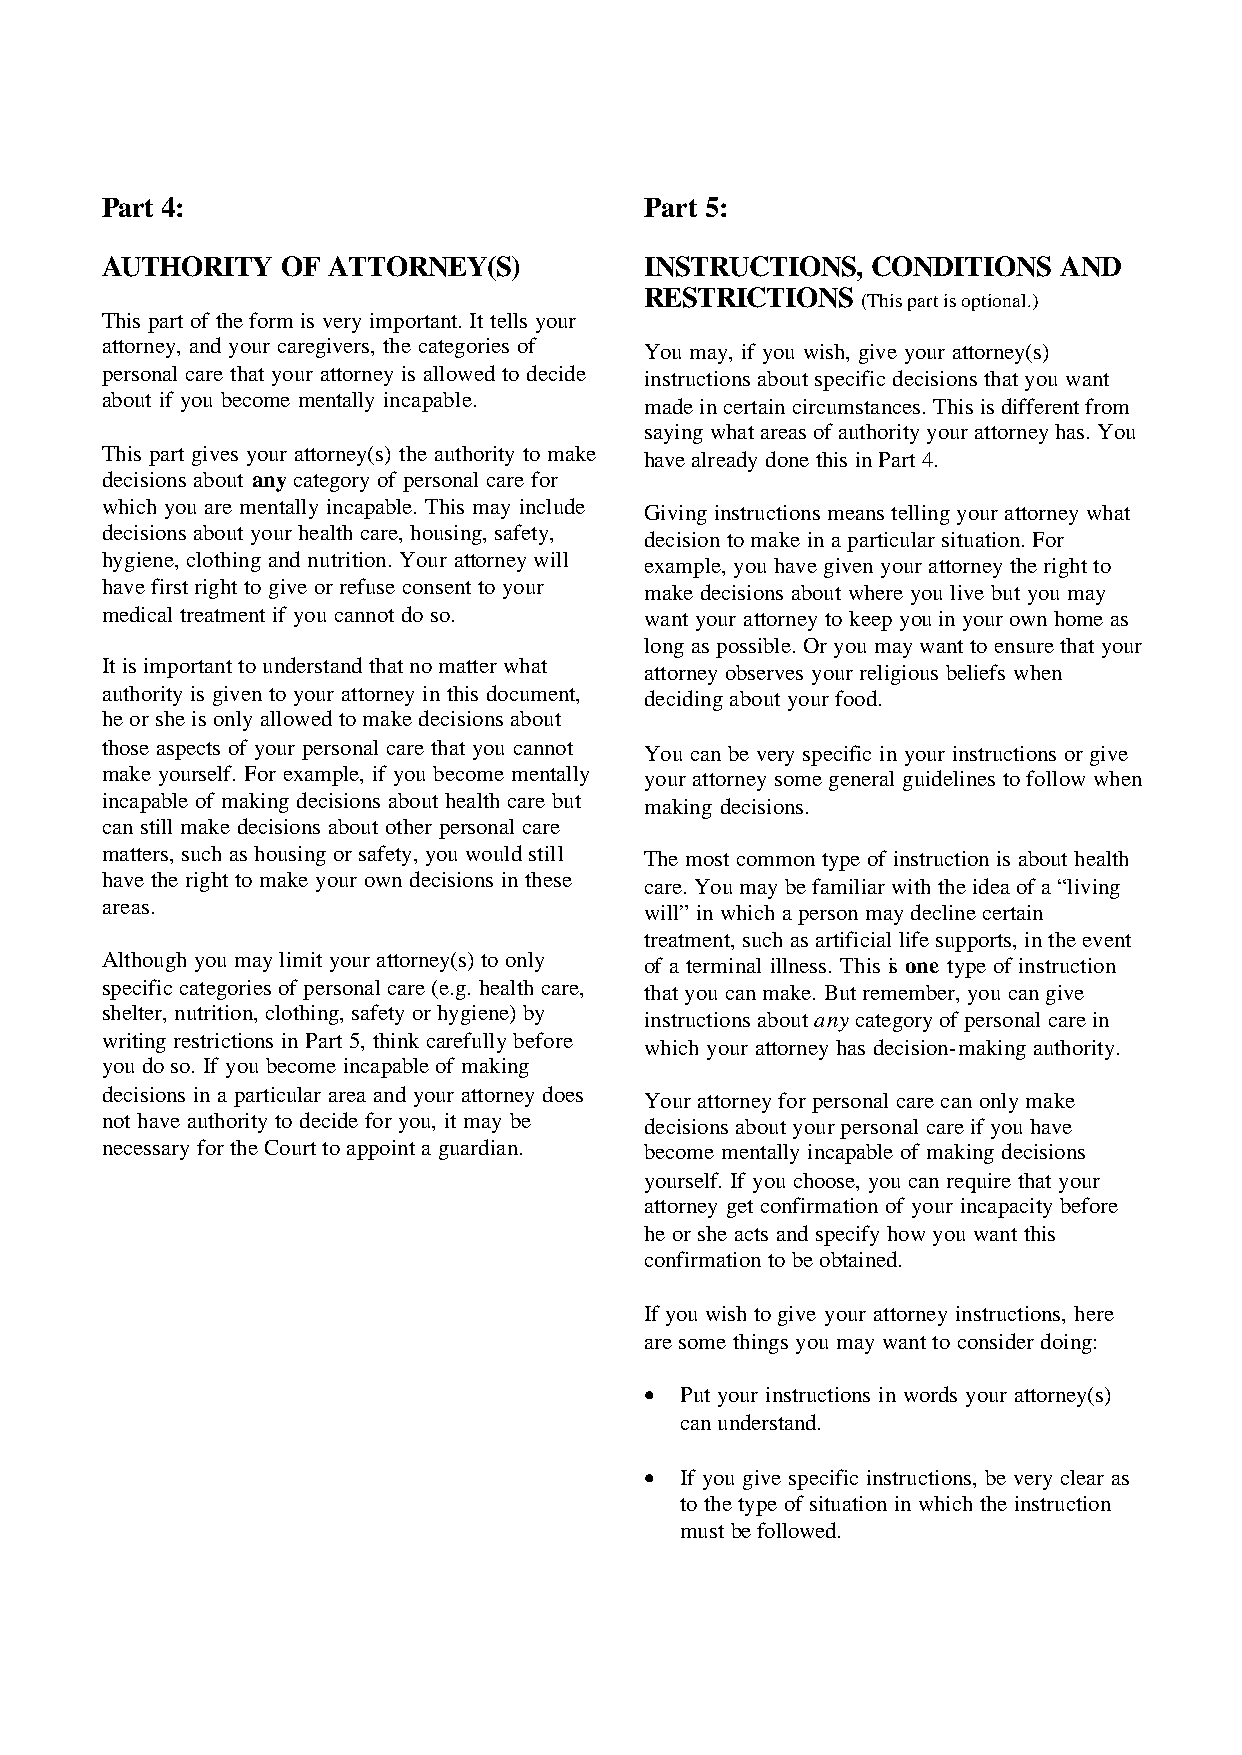
Part 4:                             Part 5:
 AUTHORITY   OF ATTORNEY(S)          INSTRUCTIONS,  CONDITIONS  AND
 RESTRICTIONS
 (This part is optional.)
 This part of the form is very important. It tells your
 attorney, and your caregivers, the categories of
 You may, if you wish, give your attorney(s)
 personal care that your attorney is allowed to decide instructions about specific decisions that you want
 about if you become mentally incapable.
 made in certain circumstances. This is different from
 saying what areas of authority your attorney has. You
 This part gives your attorney(s) the authority to make
 have already done this in Part 4.
 decisions about any category of personal care for
 which you are mentally incapable. This may include
 Giving instructions means telling your attorney what
 decisions about your health care, housing, safety,
 decision to make in a particular situation. For
 hygiene, clothing and nutrition. Your attorney will
 example, you have given your attorney the right to
 have first right to give or refuse consent to your
 make decisions about where you live but you may
 medical treatment if you cannot do so. want your attorney to keep you in your own home as
 long as possible. Or you may want to ensure that your
 It is important to understand that no matter what
 attorney observes your religious beliefs when
 authority is given to your attorney in this document, deciding about your food.
 he or she is only allowed to make decisions about
 those aspects of your personal care that you cannot
 You can be very specific in your instructions or give
 make yourself. For example, if you become mentally your attorney some general guidelines to follow when
 incapable of making decisions about health care but
 making decisions.
 can still make decisions about other personal care
 matters, such as housing or safety, you would still The most common type of instruction is about health
 have the right to make your own decisions in these
 care. You may be familiar with the idea of a “living
 areas.
 will” in which a person may decline certain
 treatment, such as artificial life supports, in the event
 Although you may limit your attorney(s) to only
 of a terminal illness. This is one type of instruction
 specific categories of personal care (e.g. health care, that you can make. But remember, you can give
 shelter, nutrition, clothing, safety or hygiene) by
 instructions about any category of personal care in
 writing restrictions in Part 5, think carefully before
 which your attorney has decision-making authority.
 you do so. If you become incapable of making
 decisions in a particular area and your attorney does
 Your attorney for personal care can only make
 not have authority to decide for you, it may be
 decisions about your personal care if you have
 necessary for the Court to appoint a guardian. become mentally incapable of making decisions
 yourself. If you choose, you can require that your
 attorney get confirmation of your incapacity before
 he or she acts and specify how you want this
 confirmation to be obtained.
 If you wish to give your attorney instructions, here
 are some things you may want to consider doing:
 • Put your instructions in words your attorney(s)
 can understand.
 • If you give specific instructions, be very clear as
 to the type of situation in which the instruction
 must be followed.